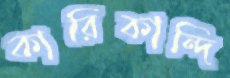
কারিকান্দি